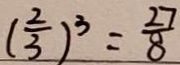
( \frac { 2 } { 3 } ) ^ { 3 } = \frac { 2 7 } { 8 }